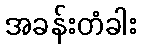
အခန်းတံခါး